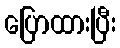
ပြောထားပြီး